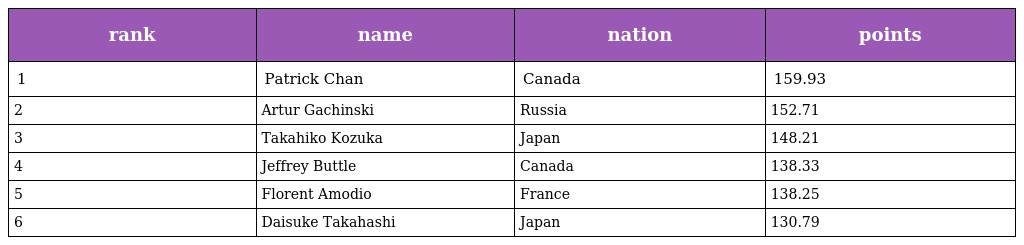
| rank | name | nation | points |
 | --- | --- | --- | --- |
 | 1 | Patrick Chan | Canada | 159.93 |
 | 2 | Artur Gachinski | Russia | 152.71 |
 | 3 | Takahiko Kozuka | Japan | 148.21 |
 | 4 | Jeffrey Buttle | Canada | 138.33 |
 | 5 | Florent Amodio | France | 138.25 |
 | 6 | Daisuke Takahashi | Japan | 130.79 |